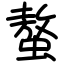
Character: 螯